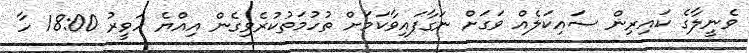
ވެނީލާގެ ކައިރިން ސައިކަލެއް ވަގަށް ނަގާފައިވާކަމަށް ތުހުމަތުކުރެވިގެން އިއްޔެ ހަވީރު 18:00 ހާ